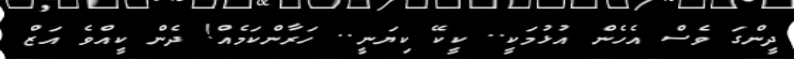
ދީންގަ ވެސް އެހެން އުޅުމަކީ.. ކީކޭ ކިޔަނީ.. ހަރާންކަމެއް! ދެން ކީއްވެ އަޒް